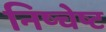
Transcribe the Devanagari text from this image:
निष्चेष्ट